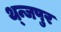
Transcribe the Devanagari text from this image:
थ्न्जपुर